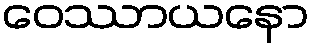
ဝေဿာယနော